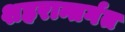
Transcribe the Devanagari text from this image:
शहरान्तर्गत